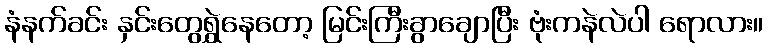
နံနက်ခင်း နှင်းတွေရွှဲနေတော့ မြင်းကြီးခွာချောပြီး ဗုံးကနဲလဲပါ ရောလား။